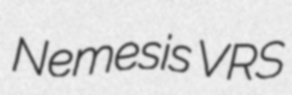
Nemesis VRS